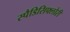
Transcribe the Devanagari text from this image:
स्पैडिसिफ्लोरी